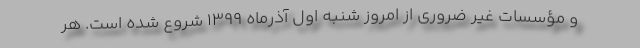
و مؤسسات غیر ضروری از امروز شنبه اول آذرماه 1399 شروع شده است. هر